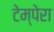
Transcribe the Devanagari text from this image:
टेम्पेरा